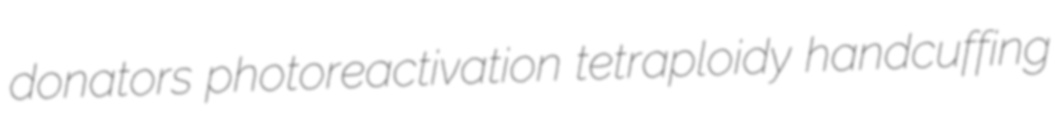
donators photoreactivation tetraploidy handcuffing